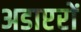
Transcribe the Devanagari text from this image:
अडाप्टरों